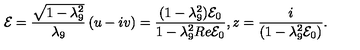
{ \cal E } = \frac { \sqrt { 1 - \lambda _ { 9 } ^ { 2 } } } { \lambda _ { 9 } } \left( u - i v \right) = \frac { ( 1 - \lambda _ { 9 } ^ { 2 } ) { \cal E } _ { 0 } } { 1 - \lambda _ { 9 } ^ { 2 } R e { \cal E } _ { 0 } } , z = \frac { i } { \left( 1 - \lambda _ { 9 } ^ { 2 } { \cal E } _ { 0 } \right) } .